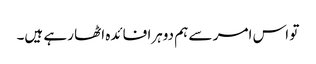
تو اس امر سے ہم دوہرا فائدہ اٹھا رہے ہیں۔